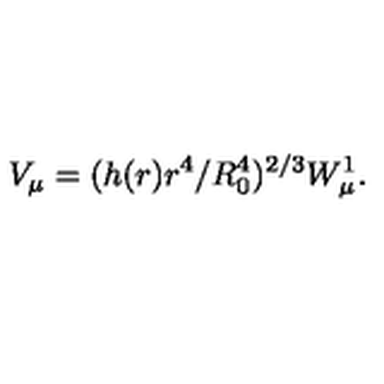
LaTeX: V _ { \mu } = ( h ( r ) r ^ { 4 } / R _ { 0 } ^ { 4 } ) ^ { 2 / 3 } W _ { \mu } ^ { 1 } .